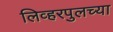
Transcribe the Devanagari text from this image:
लिव्हरपुलच्या